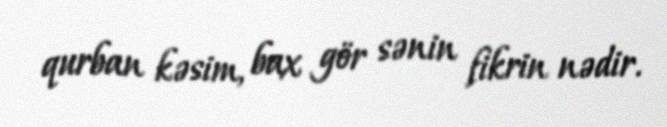
qurban kəsim, bax gör sənin fikrin nədir.